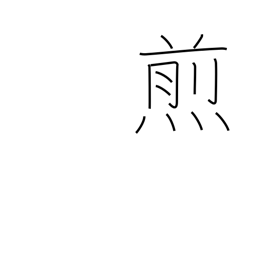
Meaning: broil